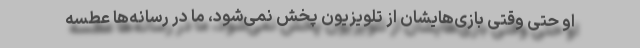
او حتی وقتی بازی‌هایشان از تلویزیون پخش نمی‌شود، ما در رسانه‌‌ها عطسه